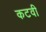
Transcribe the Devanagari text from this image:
कटवी